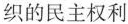
织的民主权利